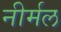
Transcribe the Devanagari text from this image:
नीर्मल